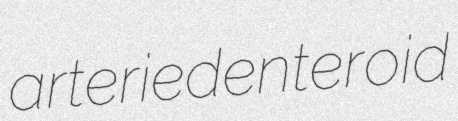
arteried enteroid